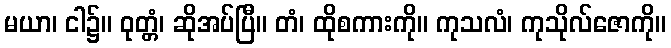
မယာ၊ ငါ၌။ ဝုတ္တံ၊ ဆိုအပ်ပြီ။ တံ၊ ထိုစကားကို။ ကုသလံ၊ ကုသိုလ်ဇောကို။